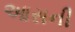
આસની